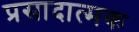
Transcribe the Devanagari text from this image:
प्रसादात्मक